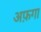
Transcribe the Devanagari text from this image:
अफ़गा